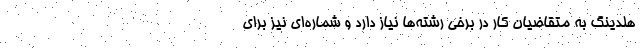
هلدینگ به متقاضیان کار در برخی رشته‌ها نیاز دارد و شماره‌ای نیز برای